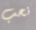
نحب